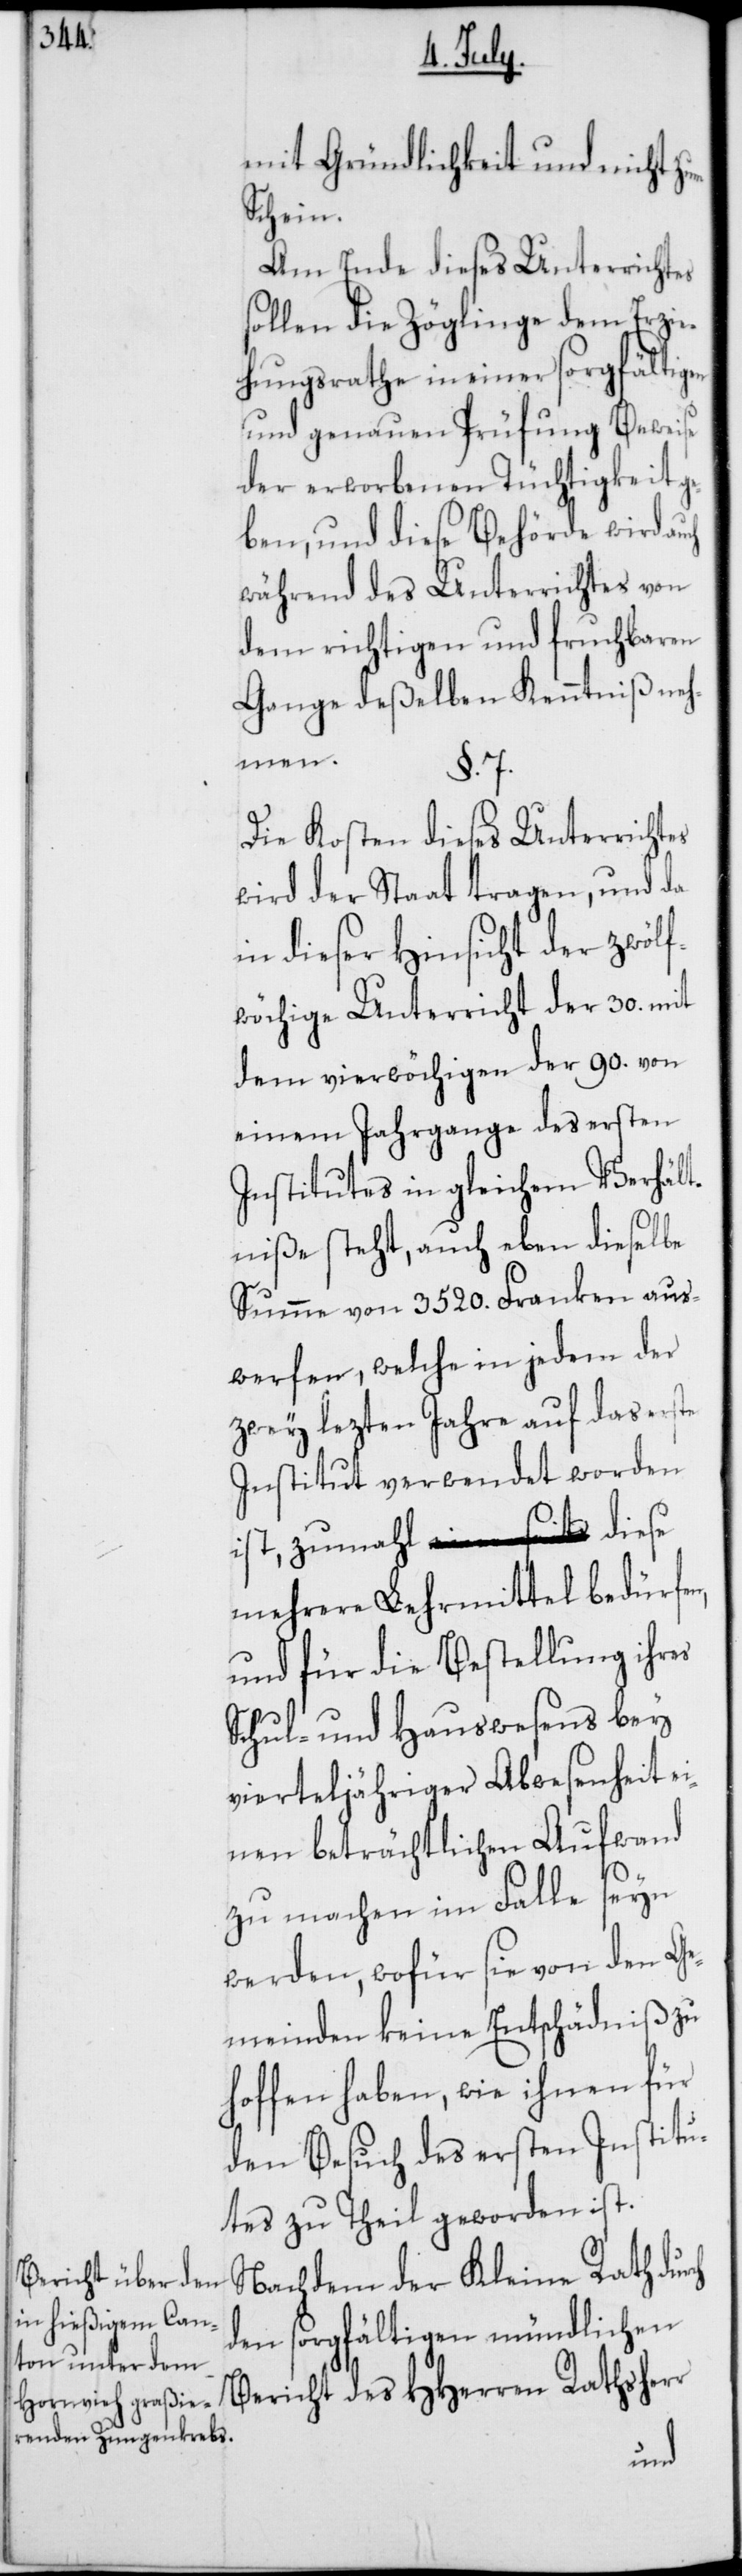
mit Gründlichkeit und nicht zum
Schein.
Am Ende dieses Unterrichtes
sollen die Zöglinge dem Erzie¬
hungsrathe in einer sorgfältigen
und genauen Prüfung Beweise
der erworbenen Tüchtigkeit ge¬
ben, und diese Behörde wird a¬
während des Unterrichtes von
dem richtigen und fruchtbaren
Gange deßelben Kenntniß neh¬
men.
§. 7.
Die Kosten dieses Unterrichtes
wird der Staat tragen, und da
in dieser Hinsicht der zwölf¬
wöchige Unterricht der 30. mit
dem vierwöchigen der 90. von
einem Jahrgange des ersten
Institutes in gleichem Verhält¬
niße steht, auch eben dieselbe
Summe von 3520. Franken aus¬
werfen, welche in jedem der
zwey lezten Jahre auf das erste
Institut verwendet worden
ist, zumahl diese
mehrere Lehrmittel bedürfen,
und für die Bestellung ihres
Schul- und Hauswesens bey
vierteljähriger Abwesenheit ei¬
nen beträchtlichen Aufwand
ch
zu machen im Falle seyn
werden, wofür sie von den Ge¬
meinden keine Entschädniß zu
hoffen haben, wie ihnen für
den Besuch des ersten Institu¬
tes zu Theil geworden ist.
Nachdem der Kleine Rath dur¬
den sorgfältigen mündlichen
Bericht des HHerren Rathsherr
uch